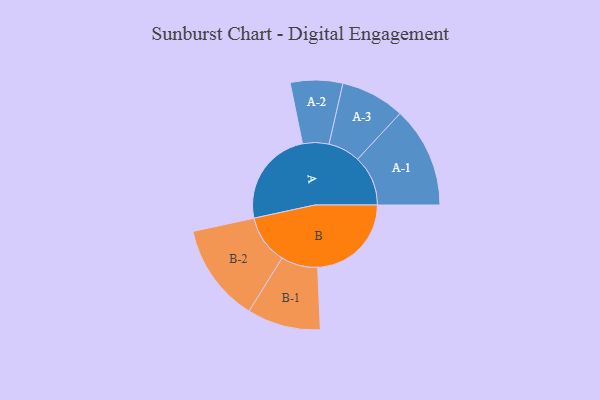
{"axis": {"x": "Segment", "y": "Value"}, "legend": ["", "A", "B"], "data": [{"x": "A", "y": 460, "type": ""}, {"x": "B", "y": 444, "type": ""}, {"x": "A-1", "y": 239, "type": "A"}, {"x": "A-2", "y": 124, "type": "A"}, {"x": "A-3", "y": 152, "type": "A"}, {"x": "B-1", "y": 174, "type": "B"}, {"x": "B-2", "y": 233, "type": "B"}]}